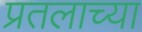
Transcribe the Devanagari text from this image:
प्रतलाच्या